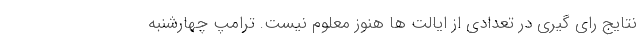
نتایج رای گیری در تعدادی از ایالت ها هنوز معلوم نیست. ترامپ چهارشنبه